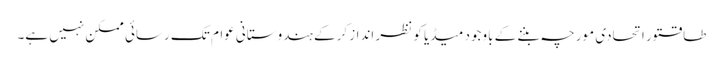
طاقتور اتحادی مورچہ بننے کے باوجود میڈیا کو نظر انداز کرکے ہندوستانی عوام تک رسائی ممکن نہیں ہے۔